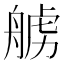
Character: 𫇛